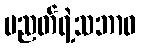
ပညတ်ရဲ့သဘာဝ